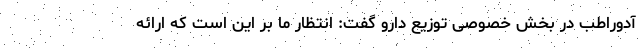
آدوراطب در بخش خصوصی توزیع دارو گفت: انتظار ما بر این است که ارائه